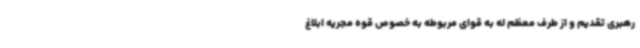
رهبری تقدیم و از طرف معظم له به قوای مربوطه به خصوص قوه مجریه ابلاغ